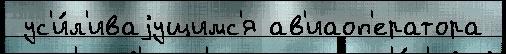
 ус'и́л'иваjущимс'я ав'иаоп'ератора